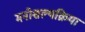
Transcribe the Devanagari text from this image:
मनोशल्यक्रिया